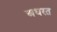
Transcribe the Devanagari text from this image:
अधरत